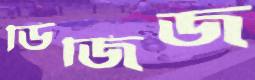
ডিজিজ